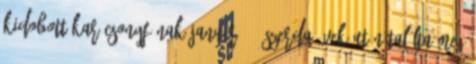
kidobott karácsonyfának január 17. szerda Évek után találta meg